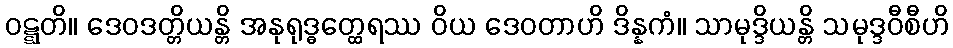
ဝဋ္ဋတိ။ ဒေဝဒတ္တိယန္တိ အနုရုဒ္ဓတ္ထေရဿ ဝိယ ဒေဝတာဟိ ဒိန္နကံ။ သာမုဒ္ဒိယန္တိ သမုဒ္ဒဝီစီဟိ